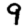
Digit: 9